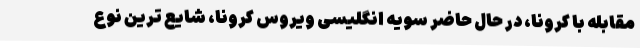
مقابله با کرونا، در حال حاضر سویه انگلیسی ویروس کرونا، شایع ترین نوع